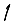
Digit: 1